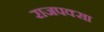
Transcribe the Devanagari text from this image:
राजपक्सा